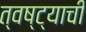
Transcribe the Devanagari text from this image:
त्वष्ट्याची